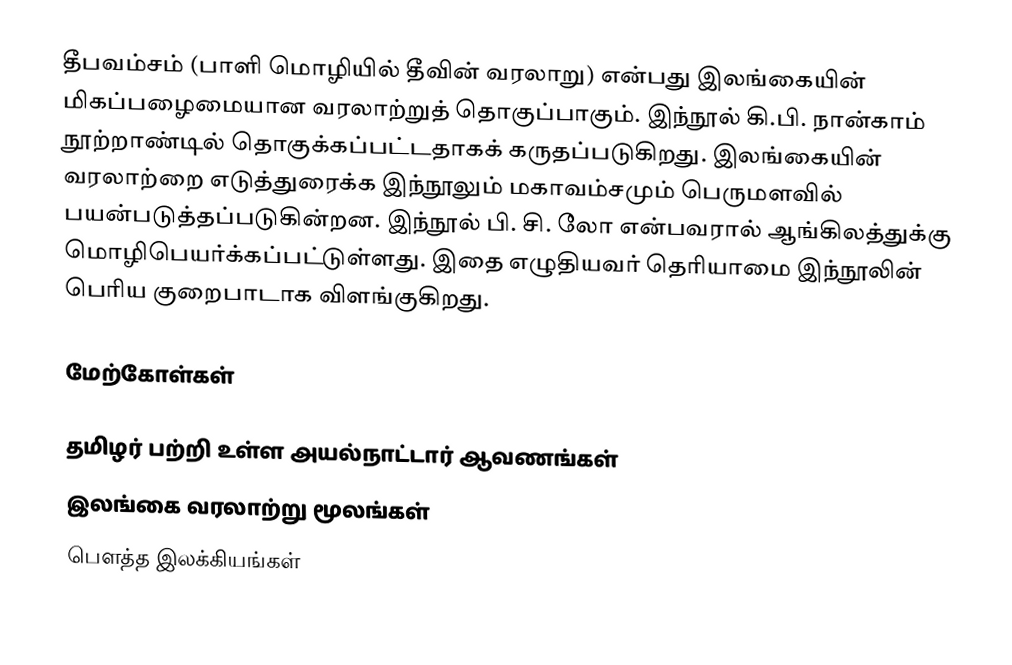
தீபவம்சம் (பாளி மொழியில் தீவின் வரலாறு) என்பது இலங்கையின் மிகப்பழைமையான வரலாற்றுத் தொகுப்பாகும். இந்நூல் கி.பி. நான்காம் நூற்றாண்டில் தொகுக்கப்பட்டதாகக் கருதப்படுகிறது. இலங்கையின் வரலாற்றை எடுத்துரைக்க இந்நூலும்  மகாவம்சமும் பெருமளவில் பயன்படுத்தப்படுகின்றன. இந்நூல் பி. சி. லோ என்பவரால் ஆங்கிலத்துக்கு மொழிபெயர்க்கப்பட்டுள்ளது. இதை எழுதியவர் தெரியாமை இந்நூலின் பெரிய குறைபாடாக விளங்குகிறது.

மேற்கோள்கள்

தமிழர் பற்றி உள்ள அயல்நாட்டார் ஆவணங்கள்
இலங்கை வரலாற்று மூலங்கள்
பௌத்த இலக்கியங்கள்